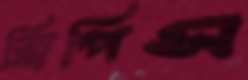
ত্রিপিস